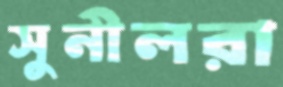
সুনীলরা